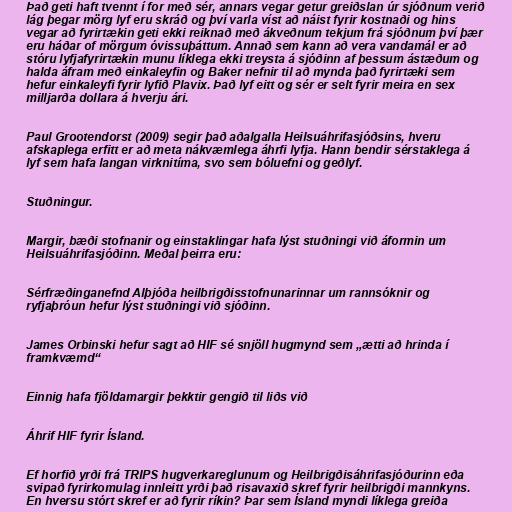
Það geti haft tvennt í for með sér, annars vegar getur greiðslan úr sjóðnum verið
lág þegar mörg lyf eru skráð og því varla víst að náist fyrir kostnaði og hins
vegar að fyrirtækin geti ekki reiknað með ákveðnum tekjum frá sjóðnum því þær
eru háðar of mörgum óvissuþáttum. Annað sem kann að vera vandamál er að
stóru lyfjafyrirtækin munu líklega ekki treysta á sjóðinn af þessum ástæðum og
halda áfram með einkaleyfin og Baker nefnir til að mynda það fyrirtæki sem
hefur einkaleyfi fyrir lyfið Plavix. Það lyf eitt og sér er selt fyrir meira en sex
milljarða dollara á hverju ári.

Paul Grootendorst (2009) segir það aðalgalla Heilsuáhrifasjóðsins, hveru
afskaplega erfitt er að meta nákvæmlega áhrfi lyfja. Hann bendir sérstaklega á
lyf sem hafa langan virknitíma, svo sem bóluefni og geðlyf.

Stuðningur.

Margir, bæði stofnanir og einstaklingar hafa lýst stuðningi við áformin um
Heilsuáhrifasjóðinn. Meðal þeirra eru:

Sérfræðinganefnd Alþjóða heilbrigðisstofnunarinnar um rannsóknir og
ryfjaþróun hefur lýst stuðningi við sjóðinn.

James Orbinski hefur sagt að HIF sé snjöll hugmynd sem „ætti að hrinda í
framkvæmd“

Einnig hafa fjöldamargir þekktir gengið til liðs við

Áhrif HIF fyrir Ísland.

Ef horfið yrði frá TRIPS hugverkareglunum og Heilbrigðisáhrifasjóðurinn eða
svipað fyrirkomulag innleitt yrði það risavaxið skref fyrir heilbrigði mannkyns.
En hversu stórt skref er að fyrir ríkin? Þar sem Ísland myndi líklega greiða